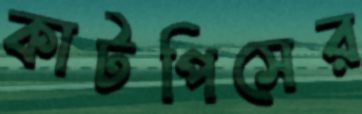
কাটপিসের